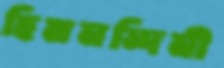
হিমনন্দিনী